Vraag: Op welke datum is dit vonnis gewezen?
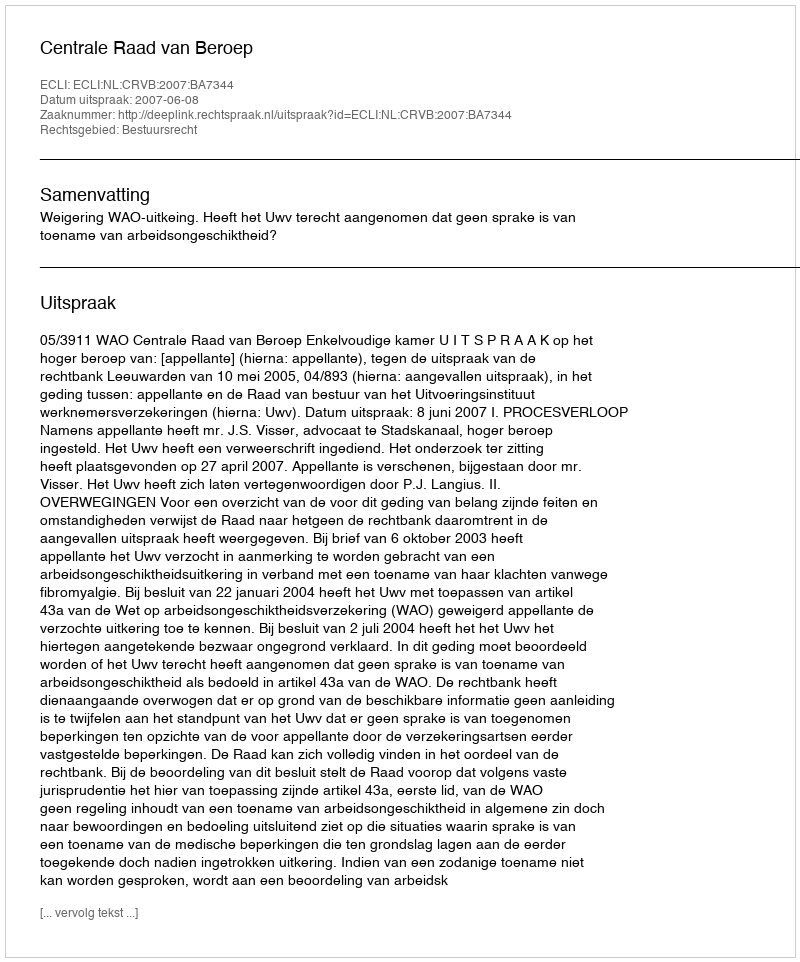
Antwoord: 2007-06-08